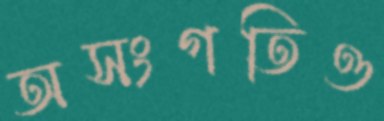
অসংগতিও